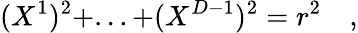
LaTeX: (X^{1})^{2}+...+(X^{D-1})^{2}=r^{2}\quad,